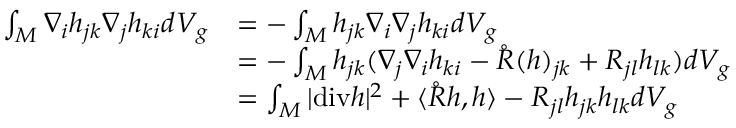
\begin{array} { r l } { \int _ { M } \nabla _ { i } h _ { j k } \nabla _ { j } h _ { k i } d V _ { g } } & { = - \int _ { M } h _ { j k } \nabla _ { i } \nabla _ { j } h _ { k i } d V _ { g } } \\ & { = - \int _ { M } h _ { j k } ( \nabla _ { j } \nabla _ { i } h _ { k i } - \mathring { R } ( h ) _ { j k } + R _ { j l } h _ { l k } ) d V _ { g } } \\ & { = \int _ { M } | \mathrm { d i v } h | ^ { 2 } + \langle \mathring { R } h , h \rangle - R _ { j l } h _ { j k } h _ { l k } d V _ { g } } \end{array}